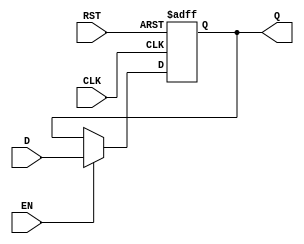
module DataRegister #(
    parameter WIDTH = 8   // Parameter to define the width of the register (default is 8 bits)
)(
    input  wire [WIDTH-1:0] D,    // Data input
    input  wire CLK,                // Clock input
    input  wire RST,                // Asynchronous reset
    input  wire EN,                 // Enable signal
    output reg  [WIDTH-1:0] Q       // Data output
);

    // Always block for synchronous operation
    always @(posedge CLK or posedge RST) begin
        if (RST) begin
            Q <= {WIDTH{1'b0}}; // Clear the register to 0
        end else if (EN) begin
            Q <= D; // Capture the input data if enabled
        end
        // If EN is low, Q retains its previous value.
    end

endmodule